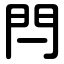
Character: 閂